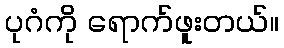
ပုဂံကို ရောက်ဖူးတယ်။